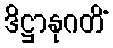
ဒိဋ္ဌာနုဂတိံ